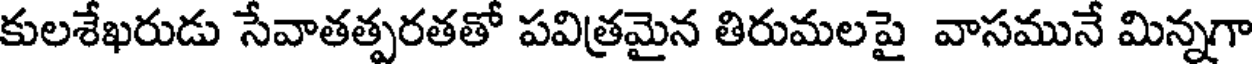
కులశేఖరుడు సేవాతత్పరతతో పవిత్రమైన తిరుమలపై వాసమునే మిన్నగా